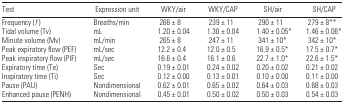
<table><thead><tr><td><b>Test</b></td><td><b>Expression unit</b></td><td><b>WKY/air</b></td><td><b>WKY/CAP</b></td><td><b>SH/air</b></td><td><b>SH/CAP</b></td></tr></thead><tbody><tr><td>Frequency (<i>f</i> )</td><td>Breaths/min</td><td>266 ± 8</td><td>239 ± 11</td><td>290 ± 11</td><td>279 ± 8**</td></tr><tr><td>Tidal volume (Tv)</td><td>mL</td><td>1.20 ± 0.04</td><td>1.30 ± 0.04</td><td>1.40 ± 0.05*</td><td>1.46 ± 0.06*</td></tr><tr><td>Minute volume (Mv)</td><td>mL/min</td><td>265 ± 8</td><td>247 ± 11</td><td>341 ± 10*</td><td>342 ± 10*</td></tr><tr><td>Peak expiratory flow (PEF)</td><td>mL/sec</td><td>12.2 ± 0.4</td><td>12.0 ± 0.5</td><td>16.9 ± 0.5*</td><td>17.5 ± 0.7*</td></tr><tr><td>Peak inspiratory flow (PIF)</td><td>mL/sec</td><td>16.6 ± 0.4</td><td>16.1 ± 0.6</td><td>22.7 ± 1.0*</td><td>22.6 ± 1.5*</td></tr><tr><td>Expiratory time (Te)</td><td>Sec</td><td>0.19 ± 0.01</td><td>0.24 ± 0.02</td><td>0.20 ± 0.02</td><td>0.21 ± 0.02</td></tr><tr><td>Inspiratory time (Ti)</td><td>Sec</td><td>0.12 ± 0.00</td><td>0.13 ± 0.01</td><td>0.10 ± 0.00</td><td>0.11 ± 0.00</td></tr><tr><td>Pause (PAU)</td><td>Nondimensional</td><td>0.62 ± 0.01</td><td>0.65 ± 0.02</td><td>0.64 ± 0.03</td><td>0.68 ± 0.03</td></tr><tr><td>Enhanced pause (PENH)</td><td>Nondimensional</td><td>0.45 ± 0.01</td><td>0.50 ± 0.02</td><td>0.50 ± 0.03</td><td>0.54 ± 0.03</td></tr></tbody></table>